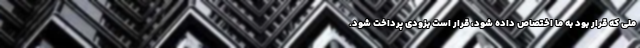
ملی که قرار بود به ما اختصاص داده شود، قرار است بزودی پرداخت شود.